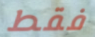
فقط